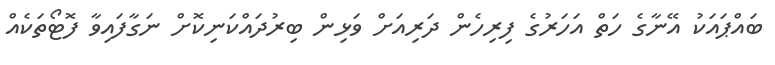
ބައްޕައަކު އޭނާގެ ހަތް އަހަރުގެ ފިރިހެން ދަރިއަށް ވަޅިން ބިރުދައްކަނިކޮށް ނަގާފައިވާ ފޮޓޯތަކެއް